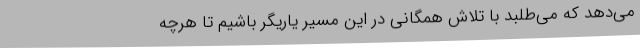
می‌دهد که می‌طلبد با تلاش همگانی در این مسیر یاریگر باشیم تا هرچه